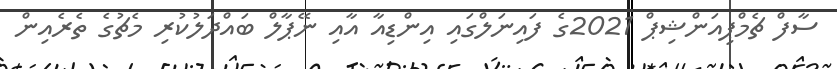
ސާފް ޗެމްޕިއަންޝިޕް 2021ގެ ފައިނަލްގައި އިންޑިއާ އާއި ނޭޕާލް ބައްދަލުކުރި މެޗުގެ ތެރެއިން